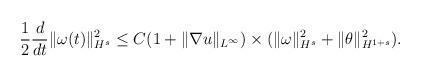
LaTeX: \begin{align*}\frac12\frac{d}{dt}\|\omega(t)\|_{H^s}^2\leq C(1+\|\nabla u\|_{L^\infty})\times(\|\omega\|_{H^s}^2+\|\theta\|_{H^{1+s}}^2).\end{align*}